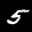
Label: 5